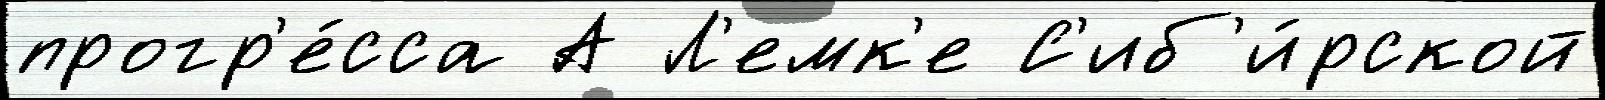
прогр'е́сса А Л'емк'е С'иб'и́рской